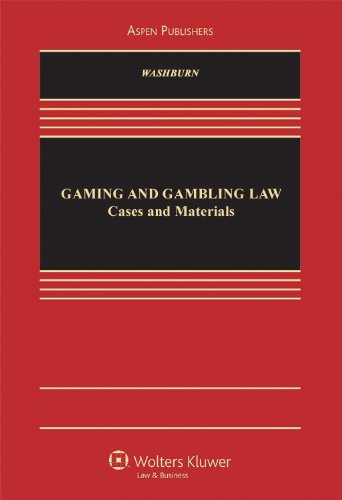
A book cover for Gaming and Gambling Law: Cases and Materials (Aspen Casebook); Kevin K. Washburn; Law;